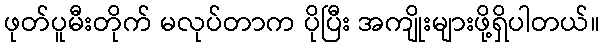
ဖုတ်ပူမီးတိုက် မလုပ်တာက ပိုပြီး အကျိုးများဖို့ရှိပါတယ်။